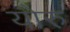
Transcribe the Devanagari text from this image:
योरु